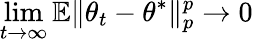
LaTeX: \operatorname*{lim}_{t\to\infty}\mathbb{E}\| \theta_{t}-\theta^{*}\| _{p}^{p}\to 0